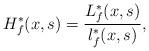
LaTeX: \begin{align*}H_f^*(x,s)=\frac{L_f^*(x,s)}{l_f^*(x,s)},\end{align*}